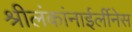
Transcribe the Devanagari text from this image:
श्रीलंकांनाईर्लीनेस